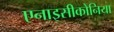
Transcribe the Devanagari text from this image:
एनाइसीकोनिया